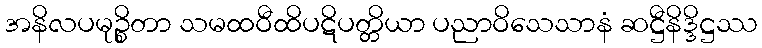
အနိလပမုဉ္စိတာ သမထဝီထိပဋိပတ္တိယာ ပညာဝိသေသာနံ ဆဋ္ဌီနိဒ္ဒိဋ္ဌဿ